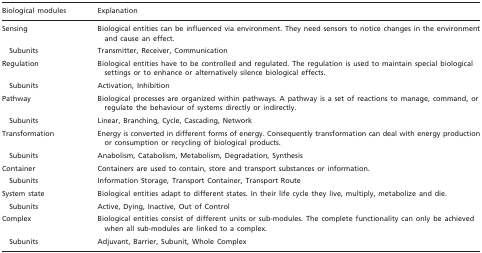
| Biological modules | Explanation |
 | --- | --- |
 | Sensing | Biological entities can be influenced via environment. They need sensors to notice changes in the environment and cause an effect. |
 | Subunits | Transmitter, Receiver, Communication |
 | Regulation | Biological entities have to be controlled and regulated. The regulation is used to maintain special biological settings or to enhance or alternatively silence biological effects. |
 | Subunits | Activation, Inhibition |
 | Pathway | Biological processes are organized within pathways. A pathway is a set of reactions to manage, command, or regulate the behaviour of systems directly or indirectly. |
 | Subunits | Linear, Branching, Cycle, Cascading, Network |
 | Transformation | Energy is converted in different forms of energy. Consequently transformation can deal with energy production or consumption or recycling of biological products. |
 | Subunits | Anabolism, Catabolism, Metabolism, Degradation, Synthesis |
 | Container | Containers are used to contain, store and transport substances or information. |
 | Subunits | Information Storage, Transport Container, Transport Route |
 | System state | Biological entities adapt to different states. In their life cycle they live, multiply, metabolize and die. |
 | Subunits | Active, Dying, Inactive, Out of Control |
 | Complex | Biological entities consist of different units or sub-modules. The complete functionality can only be achieved when all sub-modules are linked to a complex. |
 | Subunits | Adjuvant, Barrier, Subunit, Whole Complex |